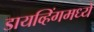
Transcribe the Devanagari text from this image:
डायव्हिंगमध्ये